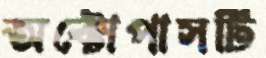
অক্টোপাসটি